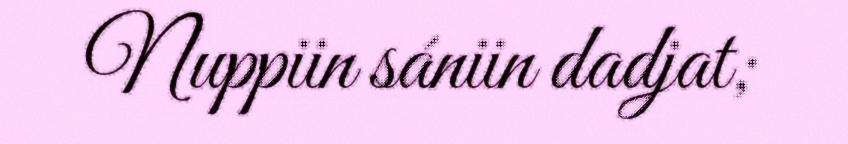
Nuppiin sániin dadjat;